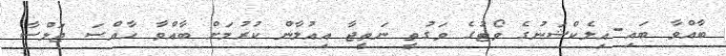
ބާއްވާ ބައި-އިލެކްޝަނުގެ ވޯޓުގެ ވަގުތީ ނަތީޖާ އިއުލާން ކުރުމަށް ބާއްވާ ހާއްސަ ޖަލްސާ